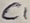
Text: C1